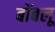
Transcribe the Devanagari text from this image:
बोंबलू